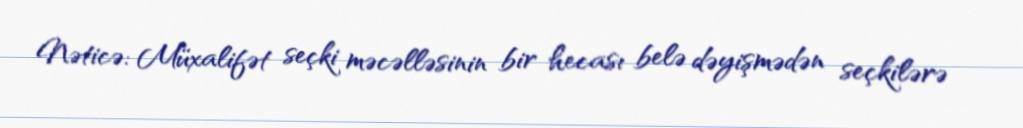
Nəticə: Müxalifət seçki məcəlləsinin bir hecası belə dəyişmədən seçkilərə